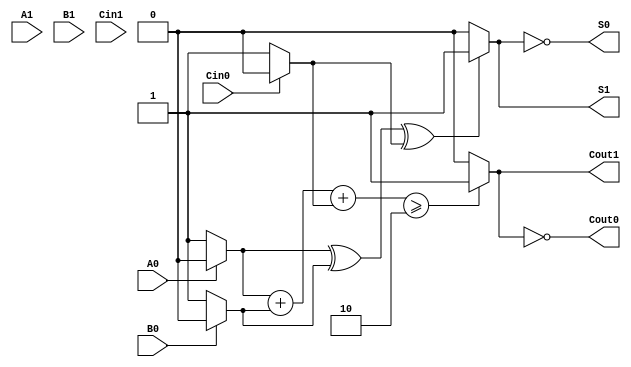
module dual_rail_full_adder (
    input wire A1, A0,    // Dual-rail representation of input A
    input wire B1, B0,    // Dual-rail representation of input B
    input wire Cin1, Cin0, // Dual-rail representation of carry input Cin
    output wire S1, S0,   // Dual-rail representation of sum output S
    output wire Cout1, Cout0 // Dual-rail representation of carry output Cout
);

    // Internal signals for logic operations
    wire A, B, Cin;
    wire sum, carry;

    // Decode dual-rail inputs to single-bit values
    assign A = A0 ? 0 : 1; // A = 1 if A1=1, A = 0 if A0=1
    assign B = B0 ? 0 : 1; // B = 1 if B1=1, B = 0 if B0=1
    assign Cin = Cin0 ? 0 : 1; // Cin = 1 if Cin1=1, Cin = 0 if Cin0=1

    // Full adder logic
    assign sum = A ^ B ^ Cin; // Sum = A XOR B XOR Cin
    assign carry = (A & B) | (Cin & (A ^ B)); // Carry = (A AND B) OR (Cin AND (A XOR B))

    // Dual-rail encoding for sum output
    assign S1 = sum ? 1 : 0; // S1 = 1 if sum is 1
    assign S0 = ~S1; // S0 = 1 if sum is 0

    // Dual-rail encoding for carry output
    assign Cout1 = (A + B + Cin >= 2) ? 1 : 0; // Cout1 = 1 if at least two inputs are 1
    assign Cout0 = ~Cout1; // Cout0 = 1 if carry is 0

endmodule